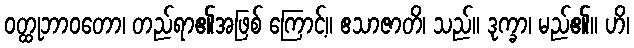
ဝတ္ထုဘာဝတော၊ တည်ရာ၏အဖြစ် ကြောင့်။ ဧသာဇာတိ၊ သည်။ ဒုက္ခာ၊ မည်၏။ ဟိ၊